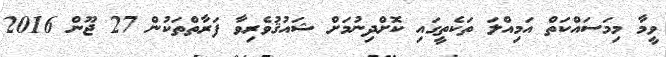
ވީމާ މިމަސައްކަތް އަމިއްލަ ތަކެތީގައި ކޮށްދިނުމަށް ޝައުޤުވެރިވާ ފަރާތްތަކުން 27 ޖޫން 2016